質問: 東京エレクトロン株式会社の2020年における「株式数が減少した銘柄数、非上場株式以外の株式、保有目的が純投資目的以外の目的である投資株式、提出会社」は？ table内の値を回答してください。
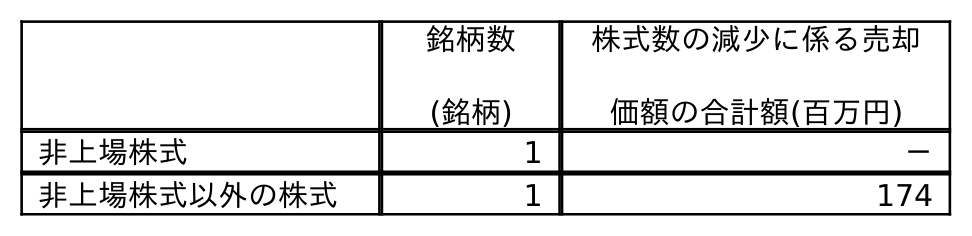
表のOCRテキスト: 銘柄数 (銘柄) 株式数の減少に係る売却 価額の合計額(百万円) 非上場株式 1 － 非上場株式以外の株式 1 174
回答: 1